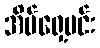
အိမ်ရှေ့မင်း